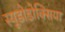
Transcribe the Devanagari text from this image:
स्यूडोडोक्सिया